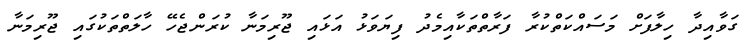
ގަވާއިދާ ހިލާފަށް މަސައްކަތްކުރާ ފަރާތްތަކާއިމެދު ފިޔަވަޅު އަޅައި ޖޫރިމަނާ ކުރަންޖެހޭ ހާލަތްތަކުގައި ޖޫރިމަނާ